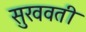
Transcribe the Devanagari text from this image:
सुखवती